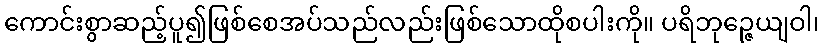
ကောင်းစွာဆည့်ပူ၍ဖြစ်စေအပ်သည်လည်းဖြစ်သောထိုစပါးကို။ ပရိဘုဉ္ဇေယျဝါ၊